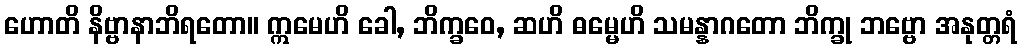
ဟောတိ နိဗ္ဗာနာဘိရတော။ ဣမေဟိ ခေါ, ဘိက္ခဝေ, ဆဟိ ဓမ္မေဟိ သမန္နာဂတော ဘိက္ခု ဘဗ္ဗော အနုတ္တရံ